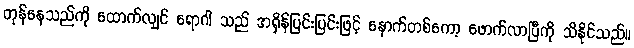
တုန်နေသည်ကို ထောက်လျှင် ရောဂါ သည် အရှိန်ပြင်းပြင်းဖြင့် နောက်တစ်ကော့ ဖောက်လာပြီကို သိနိုင်သည်။